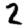
Digit: 2